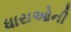
ધારાઓની